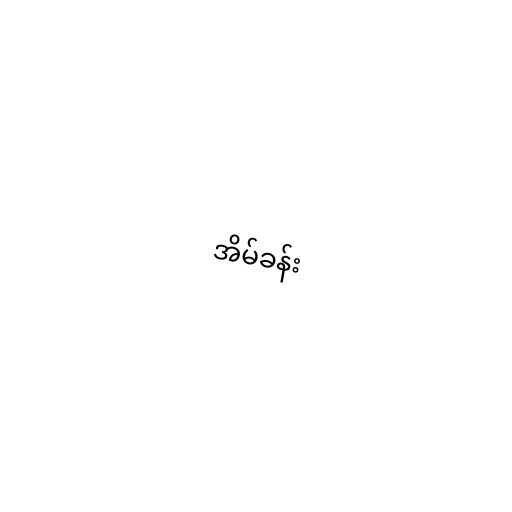
အိမ်ခန်း